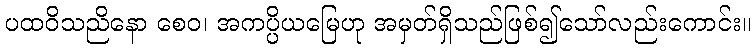
ပထဝိသညိနော စေဝ၊ အကပ္ပိယမြေဟု အမှတ်ရှိသည်ဖြစ်၍သော်လည်းကောင်း။